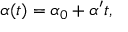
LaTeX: \alpha ( t ) = \alpha _ { 0 } + \alpha ^ { \prime } t ,